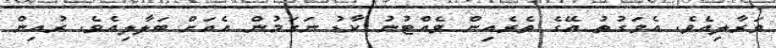
ވަރާލިއެވެ. އެވަގުތު އޭގެ ތެރެއިން ވެއްޓުނު ކާޑު ނަގަމުން އެއަށް ބަލާލިއެވެ. ރުއިން